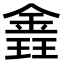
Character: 錱